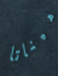
هيناتا